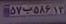
۵۷ب۵۸۶۱۳